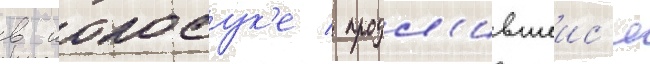
в иокосук'е / продл'ившеис'я